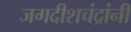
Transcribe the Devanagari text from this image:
जगदीशचंद्रांनी